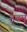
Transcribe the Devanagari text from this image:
गूढम्